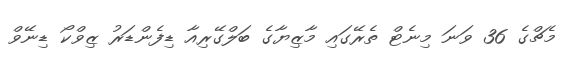
މެޗްގެ 36 ވަނަ މިނެޓް ތެރޭގައި މާޒިޔާގެ ބަލްގޭރިއާ ޑިފެންޑަރު ޒިވްކޯ ޑިނޭވް